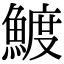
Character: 𬵟